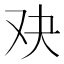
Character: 𮰓